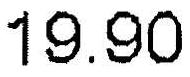
19.90